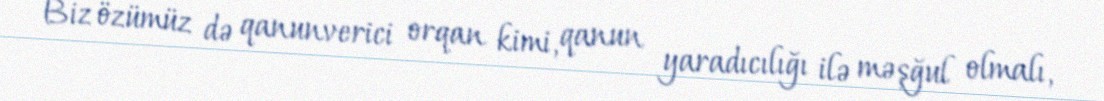
Biz özümüz də qanunverici orqan kimi, qanun yaradıcılığı ilə məşğul olmalı,